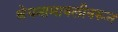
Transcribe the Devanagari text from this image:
श्रेयनामावलीवरून